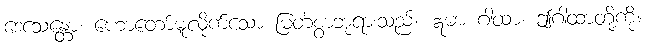
ဒေသေန္တော၊ ဟောတော်မူလိုက်သော မြတ်စွာဘုရားသည်။ ဣမာ ဂါထာ၊ ဤဂါထာတို့ကို။